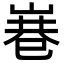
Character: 㟟